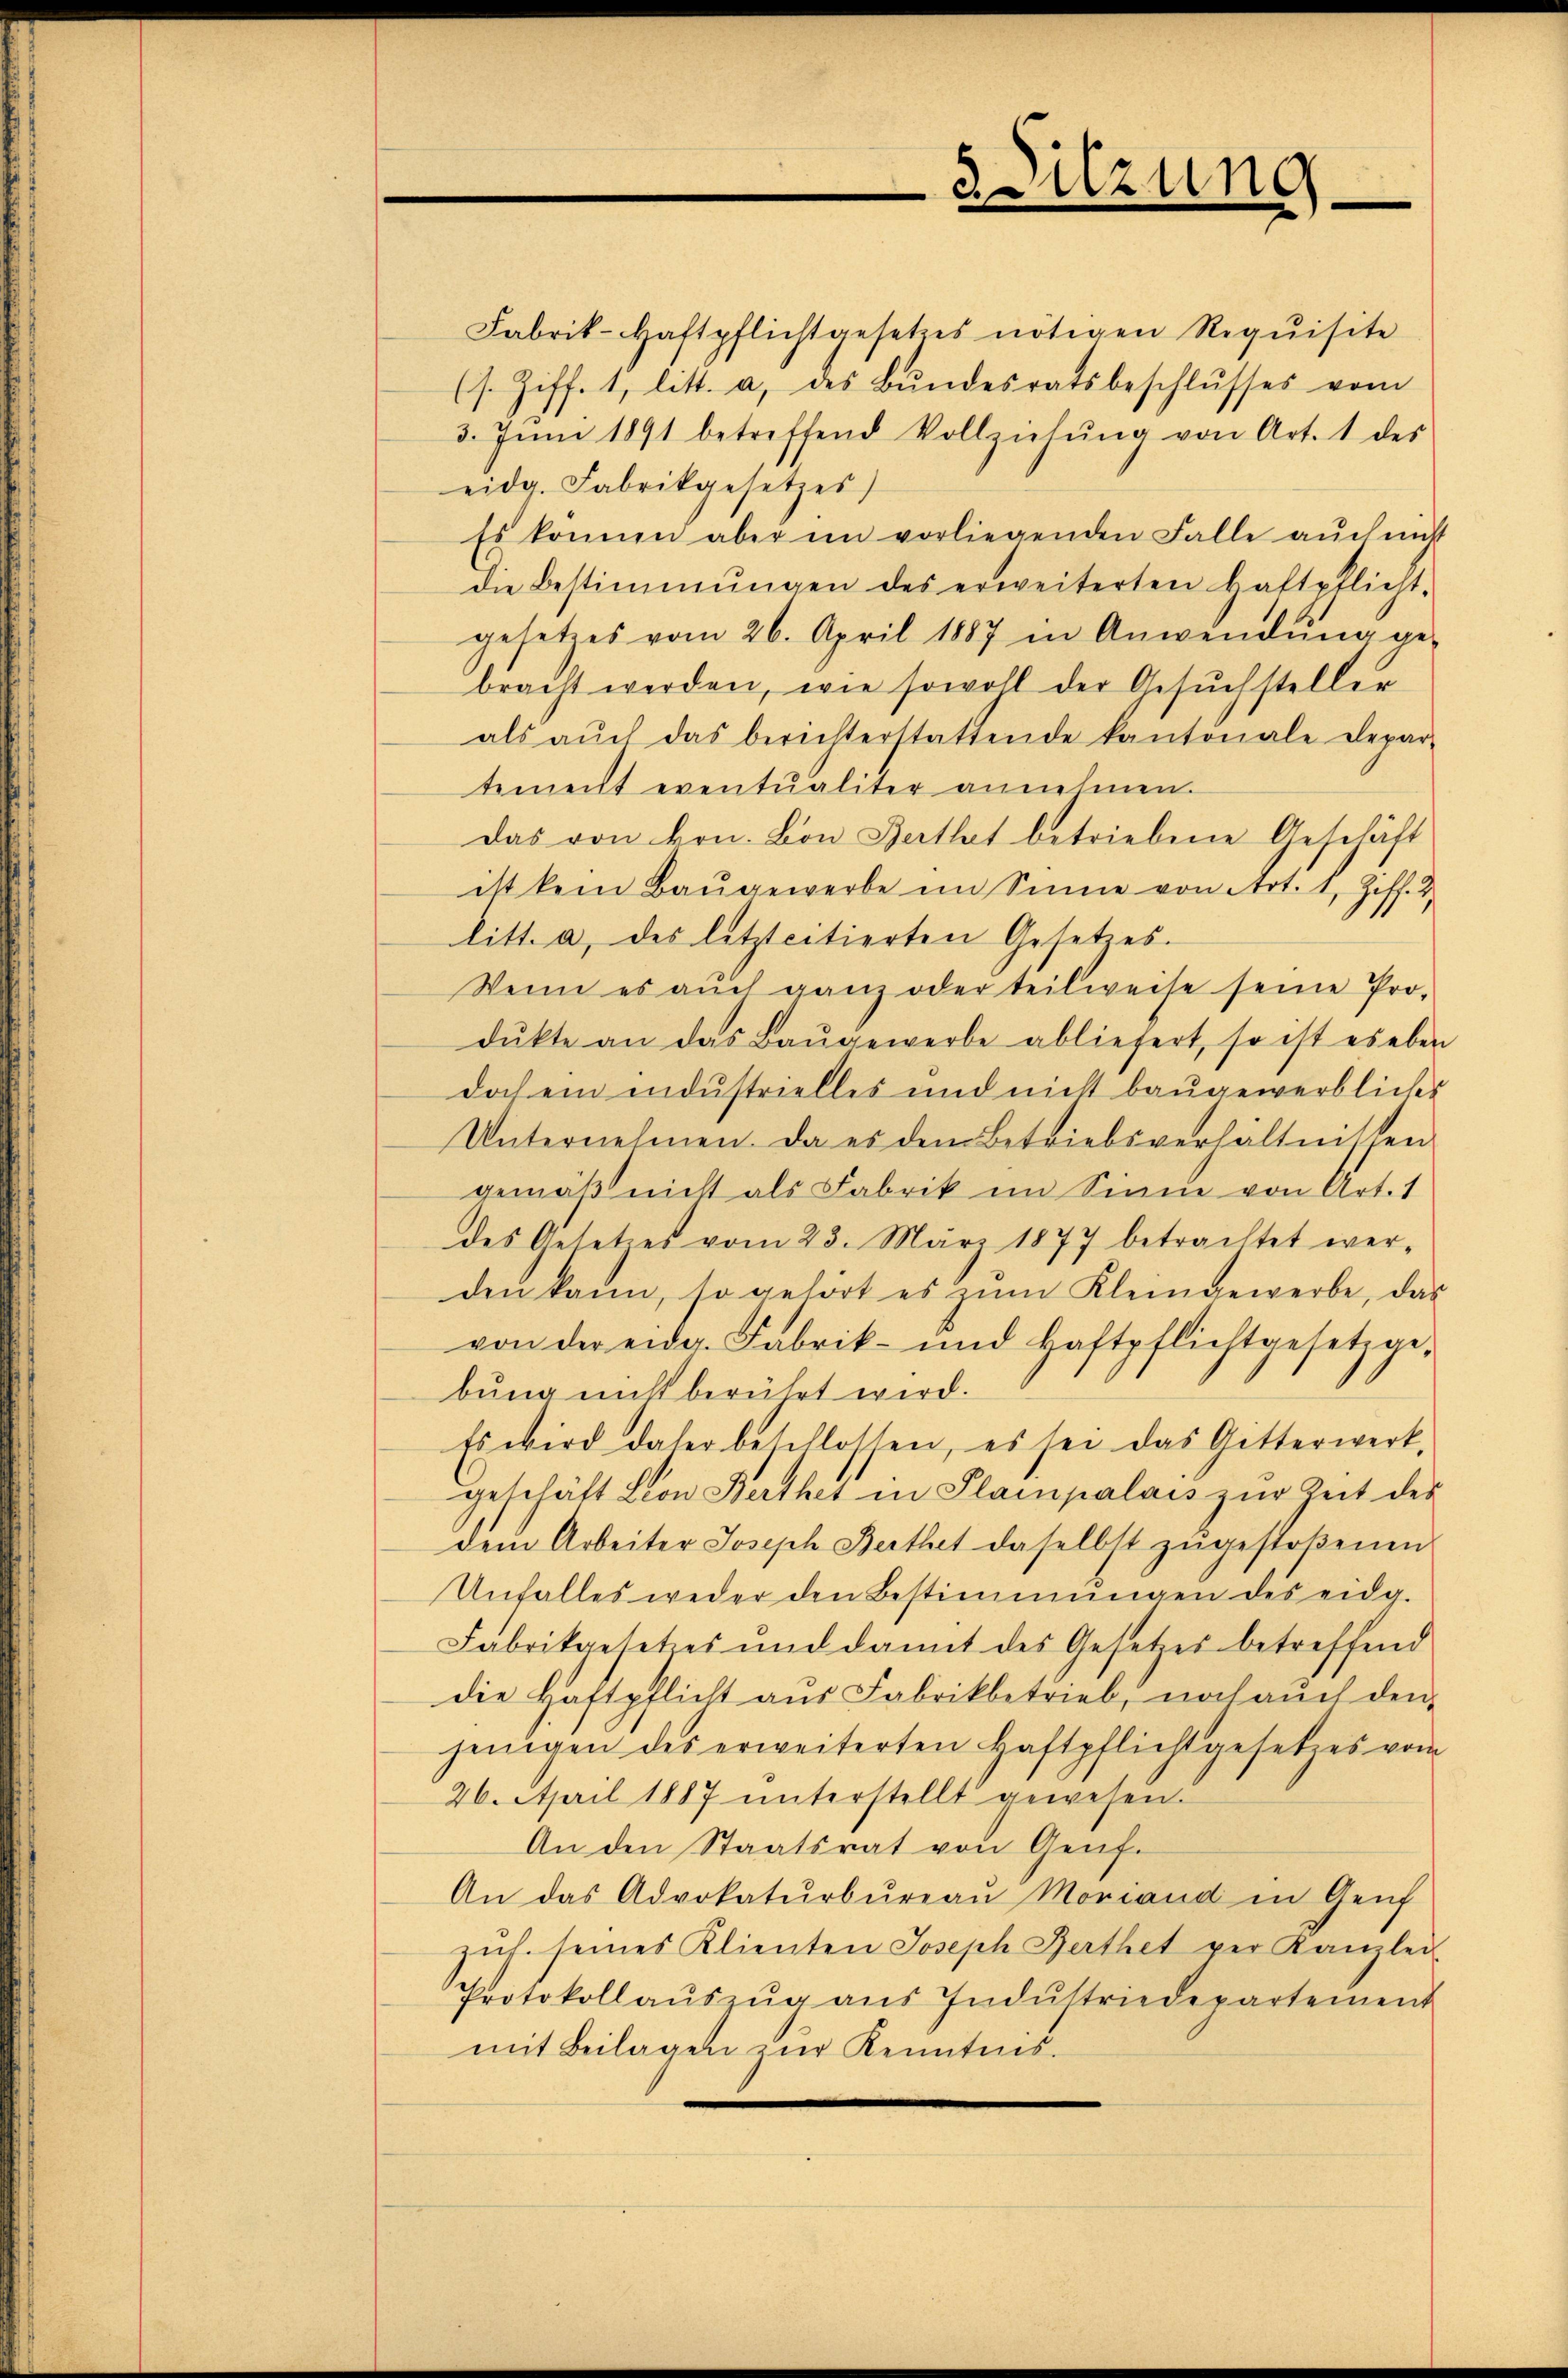
Silzung.

Fabrik-Haftpflichtgesetzes nötigen Requisite
(s. Ziff. 1, litt. a, des Bŭndesratsbeschlŭsses vom
3. Juni 1891 betreffend Vollziehŭng von Art. 1 des
eidg. Fabrikgesetzes)
Es können aber im vorliegenden Falle aŭch mit
die Bestimmungen des erweiterten Haftpflicht-
gesetzes vom 26. April 1887 in Anwendŭng ge-
bracht werden, wie sowohl der Gesŭchsteller
als aŭch das berichterstattende kantonale Depar-
temecht eventualiter annehmen.
Das von kon. Von Berthat betriebene Geschäft
ist kein Baŭgewerbe im Sinne von Art. 1, Ziff. 2.
litt. a, des letztcitierten Gesetzes.
Wenn es auch ganz oder teilweise seine Prodŭkte an das Baŭgewerbe abliefert, so ist es eben
doch ein industrielles und nicht baugewerbliches
Unternehmen. Da es dem Betriebsverhältnissen
gemäß nicht als Fabrik im Sinne von Art. 1
des Gesetzes vom 23. März 1877 betrachtet wer-
den kann, so gehört es zŭm Kleingewerbe, das
von der eidg. Fabrik- und Haftpflichtgesetzgebung nicht berührt wird.
Es wird daher beschlossen, es sei das Gitterwerk,
geschäft Lion Berthet in Plampalais zŭr Zeit des
dem Arbeiter Joseph Berthet daselbst zŭgestoßenen
Unfalles weder den Bestimmungen des eidg.
Fabrikgesetzes und damit des Gesetzes betreffend
die Haftpflicht aus Fabrikbetrieb, noch aŭch den
jenigen des erweiterten Haftpflichtgesetzes vom
26. April 1887 unterstellt gewesen.
An den Staatsrat von Genf.
An das Advokaturbüreaŭ Moriand in Genf
zŭt. seines Klienten Joseph Berthet per Kanzlei
Protokollaŭszŭg aŭs Indŭstriedepartement
mit Beilagen zur Kenntnis.